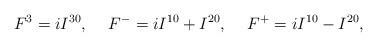
LaTeX: \begin{align*}F^{3} = iI^{30}, \hspace{0.5 cm} F^{-} = iI^{10}+I^{20}, \hspace{0.5 cm}F^{+} = iI^{10}-I^{20},\end{align*}